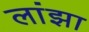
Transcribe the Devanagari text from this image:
लांझा